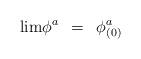
LaTeX: \begin{align*}{\rm lim} \phi^a\hspace{.2cm}=\hspace{.2cm}\phi^a_{(0)}\end{align*}